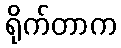
ရိုက်တာက